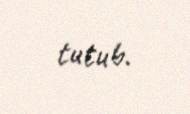
tutub.